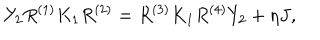
Y _ { 2 } R ^ { ( 1 ) } K _ { 1 } R ^ { ( 2 ) } = R ^ { ( 3 ) } K _ { 1 } R ^ { ( 4 ) } Y _ { 2 } + \eta J ,